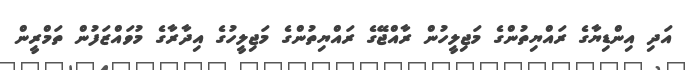
އަދި އިންޑިޔާގެ ރައްޔިތުންގެ މަޖިލީހުން ރާއްޖޭގެ ރައްޔިތުންގެ މަޖިލީހުގެ އިދާރާގެ މުވައްޒަފުން ތަމްރީން